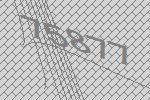
75877